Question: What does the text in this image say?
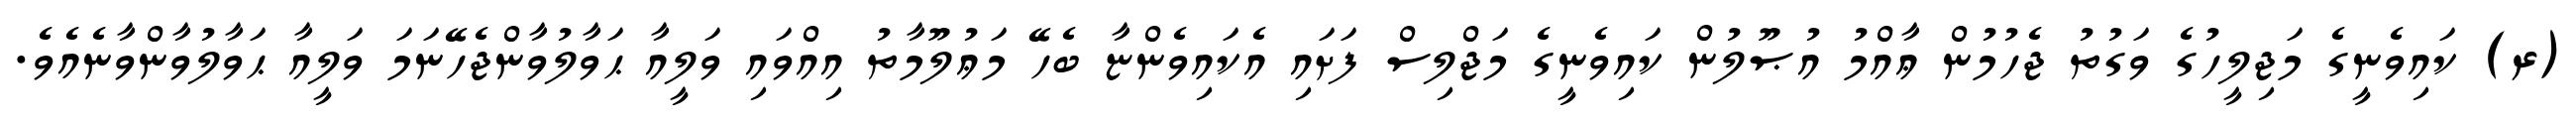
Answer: (ރ) ކައިވެނީގެ މަޖިލީހުގެ ވަގުތު ޖެހުމުން ޢާއްމު އުޞޫލުން ކައިވެނީގެ މަޖްލިސް ފަށައި އެކައިވެންޏާ ބެހޭ މަޢުލޫމާތު އިއްވައި ވަލީއާ ޙަވާލުވާންޖެހޭނަމަ ވަލީއާ ޙަވާލުވާންވާނެއެވެ.